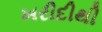
ખરીદીથી